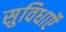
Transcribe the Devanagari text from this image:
सुविधाऍं